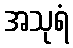
အသုရံ